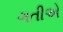
ગતીએ